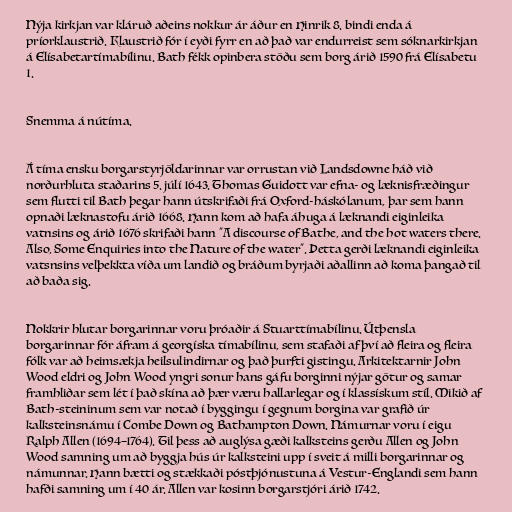
Nýja kirkjan var kláruð aðeins nokkur ár áður en Hinrik 8. bindi enda á
príorklaustrið. Klaustrið fór í eyði fyrr en að það var endurreist sem sóknarkirkjan
á Elísabetartímabílinu. Bath fékk opinbera stöðu sem borg árið 1590 frá Elísabetu
1.

Snemma á nútíma.

Á tíma ensku borgarstyrjöldarinnar var orrustan við Landsdowne háð við
norðurhluta staðarins 5. júlí 1643. Thomas Guidott var efna- og læknisfræðingur
sem flutti til Bath þegar hann útskrifaði frá Oxford-háskólanum, þar sem hann
opnaði læknastofu árið 1668. Hann kom að hafa áhuga á læknandi eiginleika
vatnsins og árið 1676 skrifaði hann "A discourse of Bathe, and the hot waters there.
Also, Some Enquiries into the Nature of the water". Þetta gerði læknandi eiginleika
vatsnsins velþekkta víða um landið og bráðum byrjaði aðallinn að koma þangað til
að baða sig.

Nokkrir hlutar borgarinnar voru þróaðir á Stuarttímabílinu. Útþensla
borgarinnar fór áfram á georgíska tímabílinu, sem stafaði af því að fleira og fleira
fólk var að heimsækja heilsulindirnar og það þurfti gistingu. Arkitektarnir John
Wood eldri og John Wood yngri sonur hans gáfu borginni nýjar götur og samar
framhliðar sem lét í það skína að þær væru hallarlegar og í klassískum stíl. Mikið af
Bath-steininum sem var notað í byggingu í gegnum borgina var grafið úr
kalksteinsnámu í Combe Down og Bathampton Down. Námurnar voru í eigu
Ralph Allen (1694–1764). Til þess að auglýsa gæði kalksteins gerðu Allen og John
Wood samning um að byggja hús úr kalksteini upp í sveit á milli borgarinnar og
námunnar. Hann bætti og stækkaði póstþjónustuna á Vestur-Englandi sem hann
hafði samning um í 40 ár. Allen var kosinn borgarstjóri árið 1742.